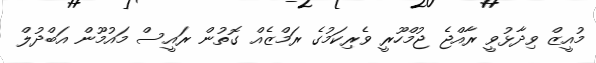
މުއީޒް ވިދާޅުވީ ރާއްޖެ ޖުމްހޫރީ ވެރިކަމުގެ ރަމްޒެއް ގޮތުން ރައީސް މައުމޫން އަބްދުލް